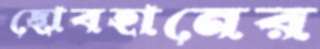
ছোবহানের